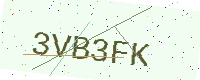
Text: 3VB3FK